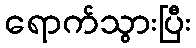
ရောက်သွားပြီး